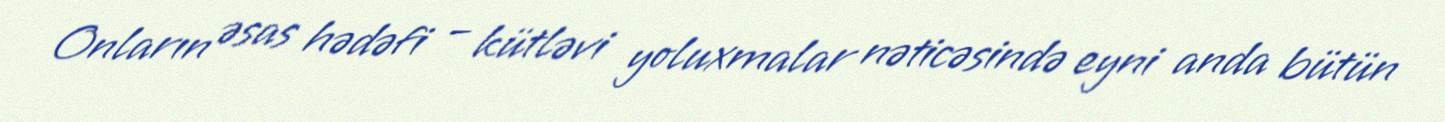
Onların əsas hədəfi – kütləvi yoluxmalar nəticəsində eyni anda bütün